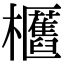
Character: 𣡛